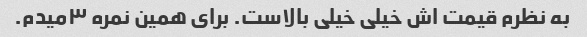
به نظرم قیمت اش خیلی خیلی بالاست. برای همین نمره ۳میدم.